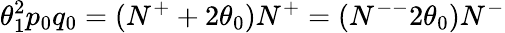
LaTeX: \theta_{1}^{2}p_{0}q_{0}=(N^{+}+2\theta_{0})N^{+}=(N^{--}2\theta_{0})N^{-}